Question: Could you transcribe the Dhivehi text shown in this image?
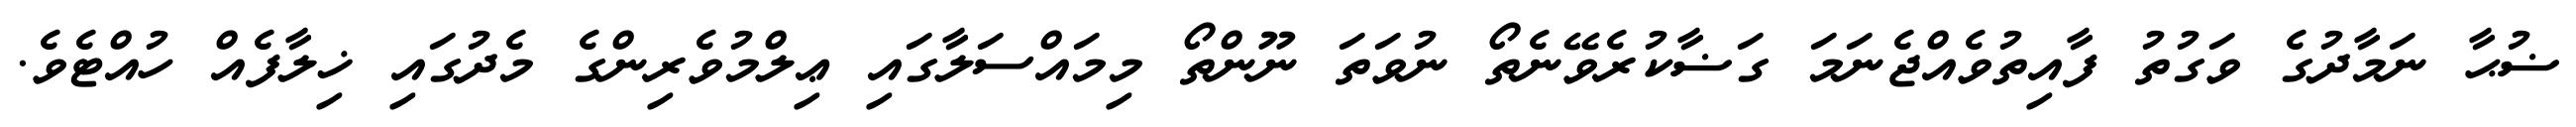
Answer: ޟުޙާ ނަމާދުގެ ވަގުތު ފާއިތުވެއްޖެނަމަ ގަޟާކުރެވޭނެތޯ ނުވަތަ ނޫންތޯ މިމައްސަލާގައި ޢިލްމުވެރިންގެ މެދުގައި ޚިލާފެއް ހުއްޓެވެ.